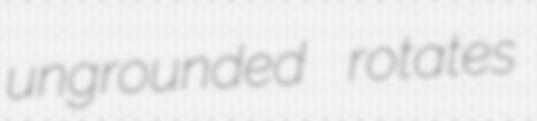
ungrounded rotates